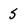
Character: 5